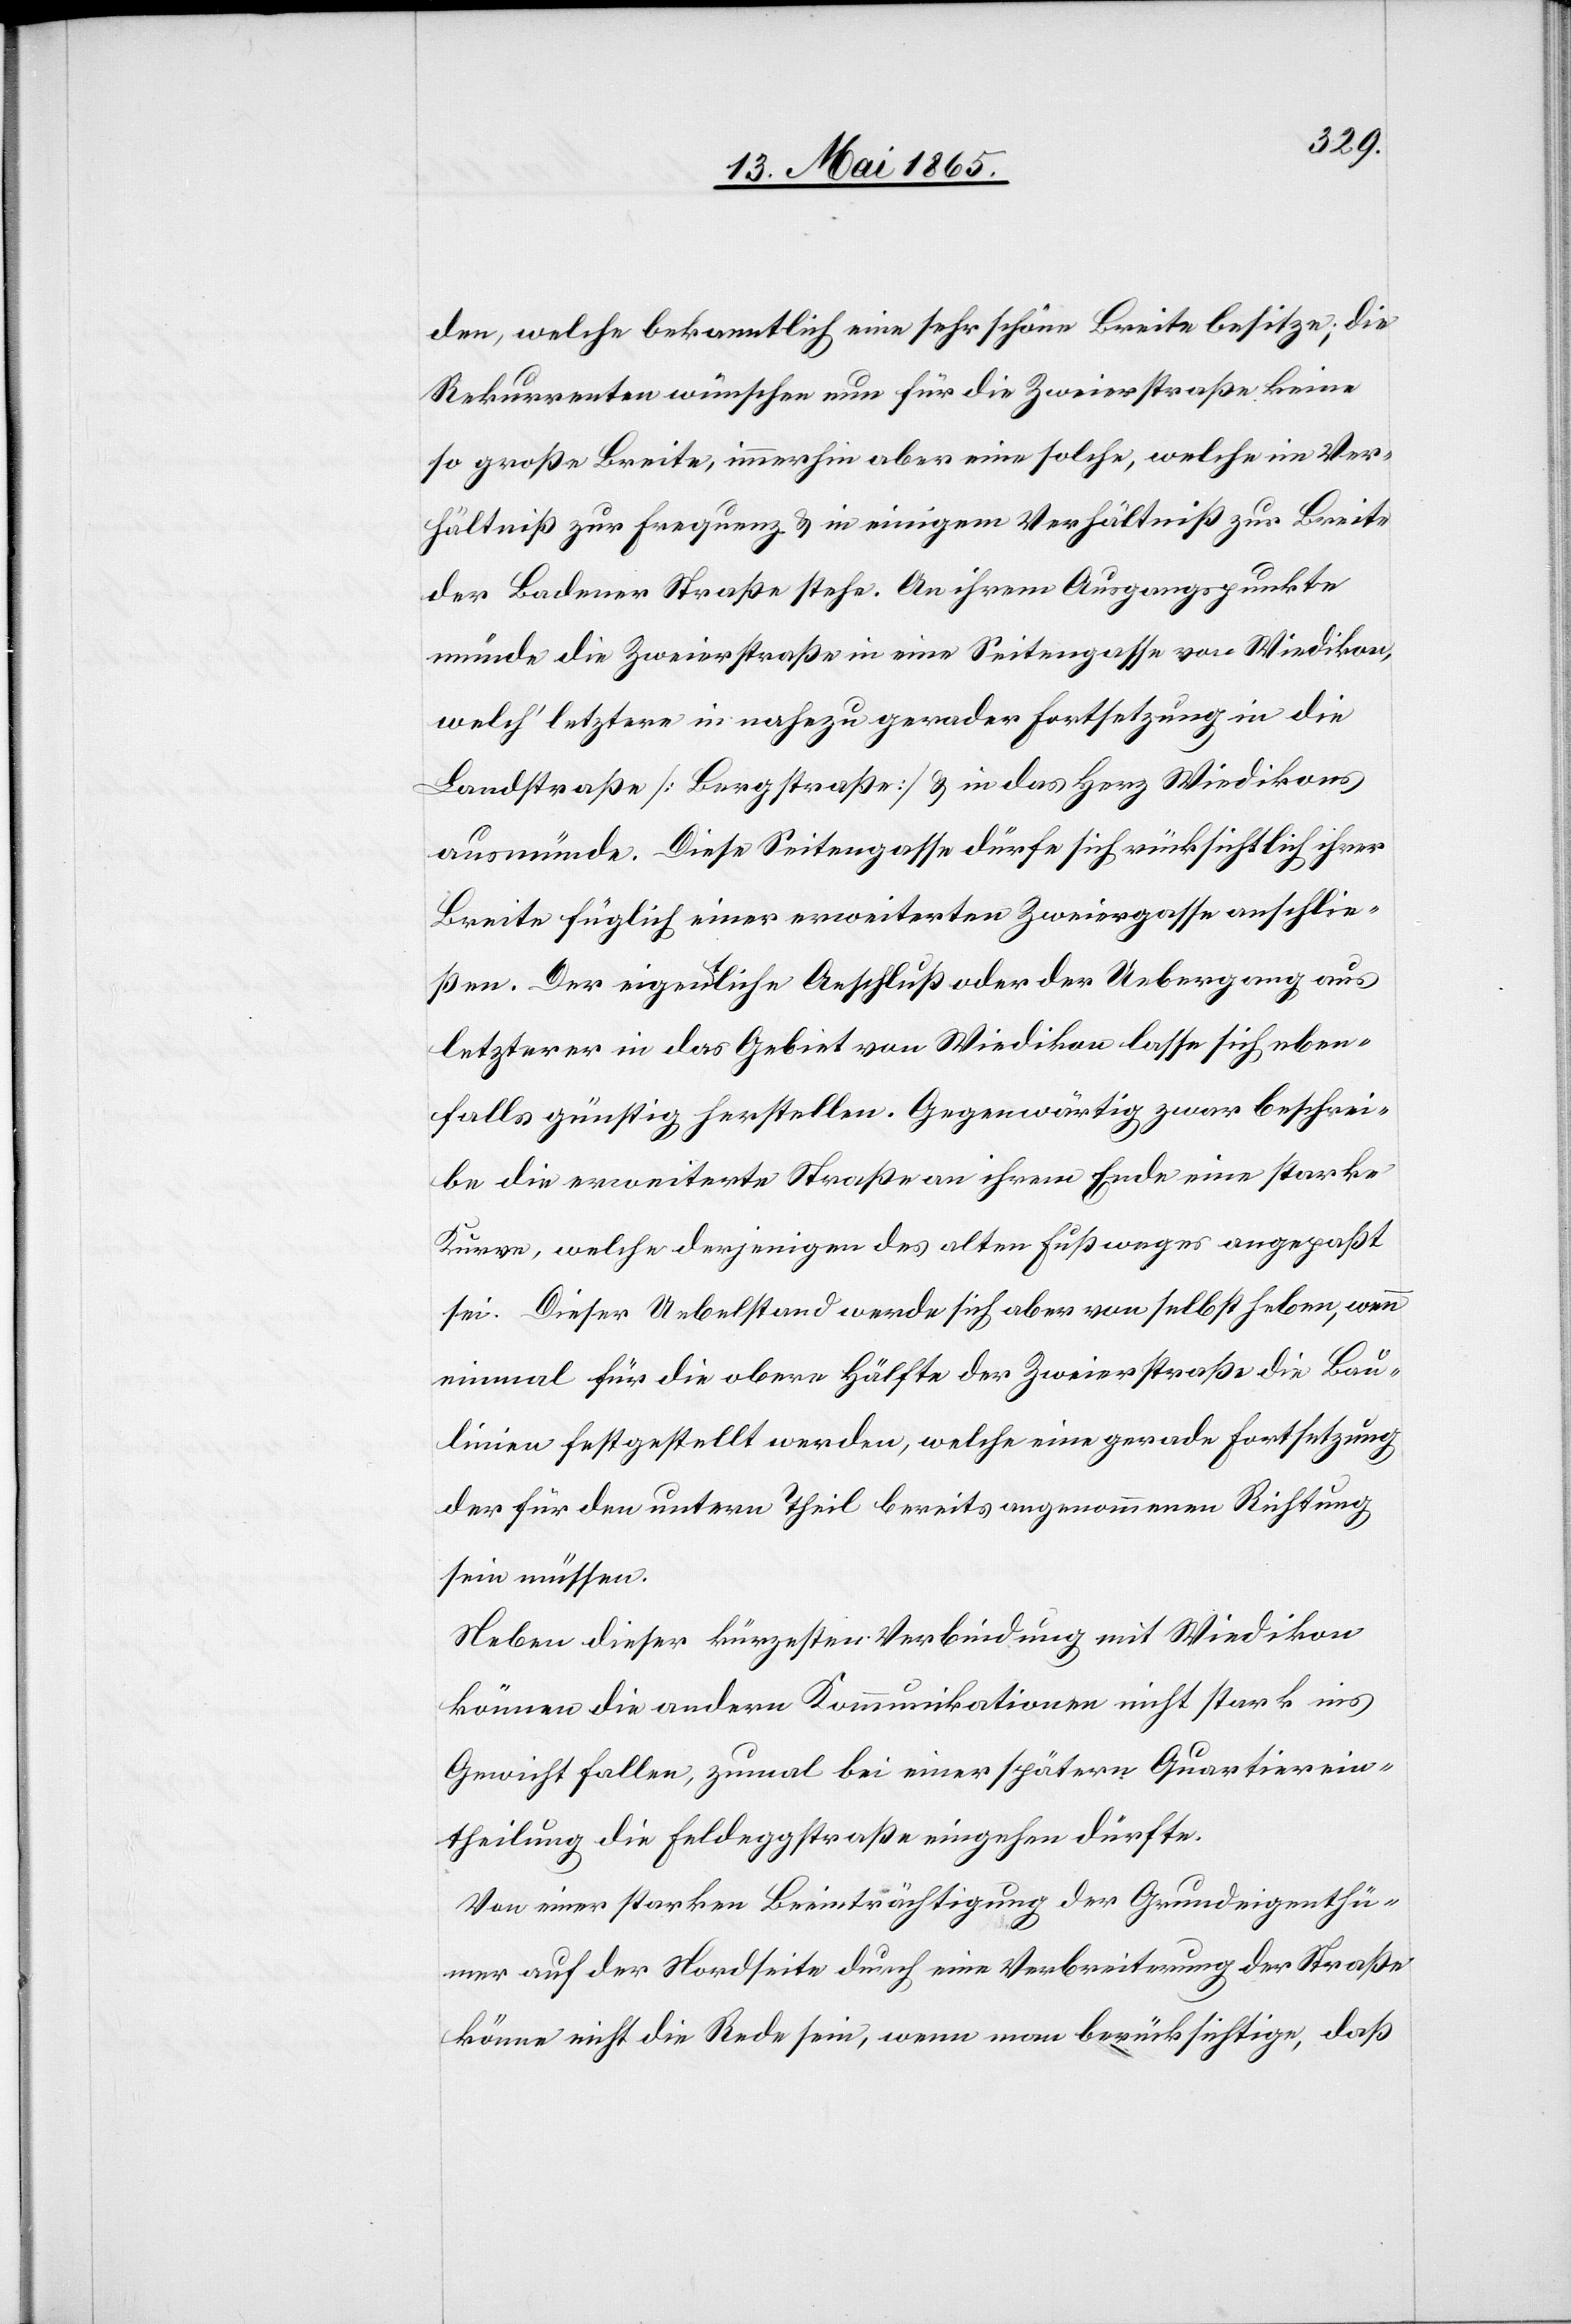
den, welche bekanntlich eine sehr schöne Breite besitze; die
Rekurrenten wünschen nun für die Zweierstraße keine
so große Breite, immerhin aber eine solche, welche im Ver¬
hältniß zur Frequenz & in einigem Verhältniß zur Breite
der Badener Straße stehe. An ihrem Ausgangspunkte
münde die Zweierstraße in eine Seitengasse von Wiedikon,
welch’ letztere in nahezu gerader Fortsetzung in die
Landstraße [Bergstraße] & in das Herz Wiedikons
ausmünde. Diese Seitengasse dürfe sich rücksichtlich ihrer
Breite füglich einer erweiterten Zweiergasse anschlie¬
ßen. Der eigentliche Anschluß oder der Uebergang aus
letzterer in das Gebiet von Wiedikon lasse sich eben¬
falls günstig herstellen. Gegenwärtig zwar beschrei¬
be die erweiterte Straße an ihrem Ende eine starke
Kurve, welche derjenigen des alten Fußweges angepaßt
sei. Dieser Uebelstand werde sich aber von selbst heben, wenn
einmal für die obere Hälfte der Zweierstraße die Bau¬
linien festgestellt werden, welche eine gerade Fortsetzung
der für den untern Theil bereits angenommenen Richtung
sein müssen.
Neben dieser kürzesten Verbindung mit Wiedikon
können die andern Kommunikationen nicht stark ins
Gewicht fallen, zumal bei einer späteren Quartierein¬
theilung die Feldeggstraße eingehen dürfte.
Von einer starken Beeinträchtigung der Grundeigenthü¬
mer auf der Nordseite durch eine Verbreitung der Straße
könne nicht die Rede sein, wenn man berücksichtige, daß